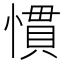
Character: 慣